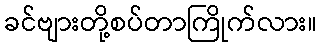
ခင်ဗျားတို့စပ်တာကြိုက်လား။